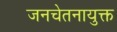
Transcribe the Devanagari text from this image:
जनचेतनायुक्त